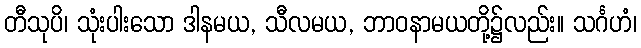
တီသုပိ၊ သုံးပါးသော ဒါနမယ, သီလမယ, ဘာဝနာမယတို့၌လည်း။ သင်္ဂဟံ၊